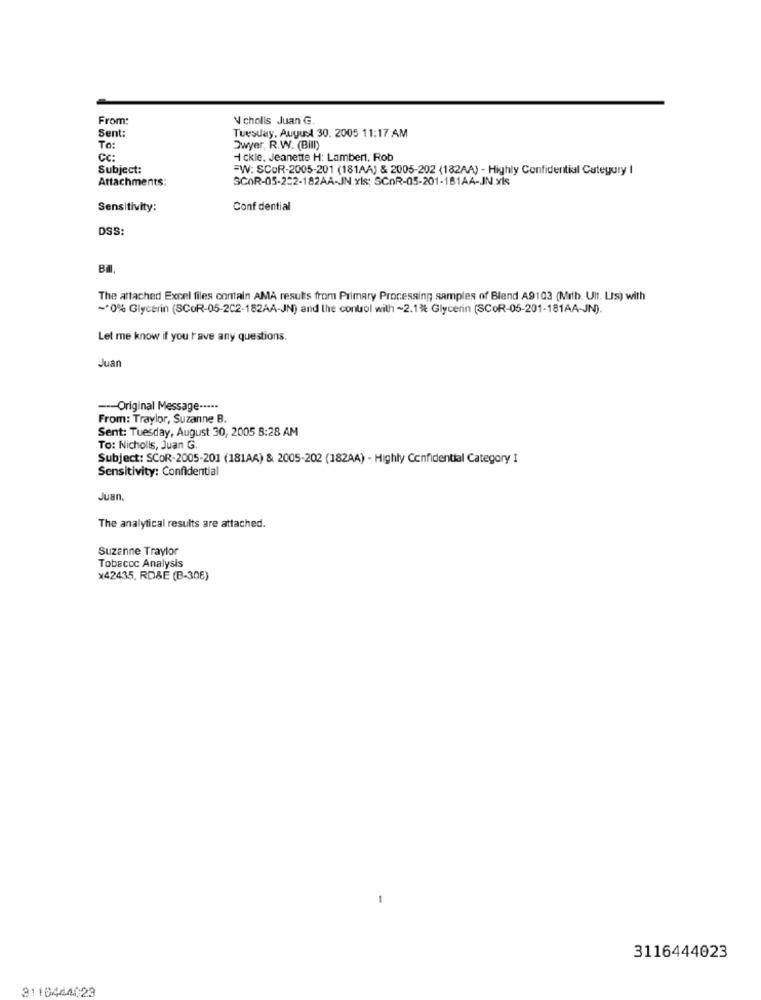
From:
V cholls Juan G.
Sent:
Tuesday, August 30. 2005 11:17 AM
To:
Dwyer, R.W. (Bill)
Cc:
1 ckle. Jeanette H: Lambert. Rob
Subject:
=W: SCOR-2005-201 (181AA) & 2005-202 (182AA) - Highly Confidential Category I
Attachments:
SCOR-05-232-182AA-JN.xls; SCOR-05-201-181AA-JN.xls
Sensitivity:
Conf dential
DSS:
The attached Excel files contain AMA results from Primary Processing samples of Blend A9103 (Milb. Ult. Lis) with
-* 0% Glycerin (SCOR-05-202-182AA-JN) and the control with ~2.1% Glycerin (SCOR-05-201-181AA-JN).
Let me know if you have any questions.
Juar
--- Original Message ·····
From: Traylor, Suzanne B.
Sent: Tuesday, August 30, 2005 8:28 AM
To: Nicholls, Juan G.
Subject: SCOR-2005-201 (181AA) & 2005-202 (182AA) - Highly Confidential Category I
Sensitivity: Confidential
Juan.
The analytical results are attached.
Suzanne Traylor
Tobacco Analysis
x42435, RD&E (B-30€)
-
3116444023
3116444029